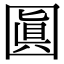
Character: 𡈓